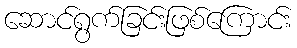
ဆောင်ရွက်ခြင်းဖြစ်ကြောင်း